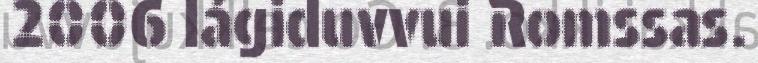
2006 lágiduvvui Romssas.